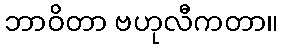
ဘာဝိတာ ဗဟုလီကတာ။